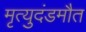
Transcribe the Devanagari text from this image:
मृत्युदंडमौत